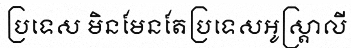
ប្រទេស មិនមែនតែប្រទេសអូស្ត្រាលី